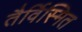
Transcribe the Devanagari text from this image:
तैर्विस्मित